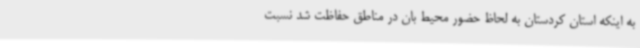
به اینکه استان کردستان به لحاظ حضور محیط بان در مناطق حفاظت شد نسبت